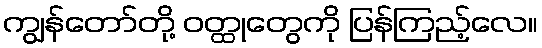
ကျွန်တော်တို့ ဝတ္ထုတွေကို ပြန်ကြည့်လေ။